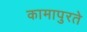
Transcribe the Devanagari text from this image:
कामापुरते